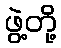
ဖွဲ့တို့